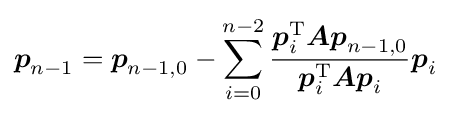
{\boldsymbol {p}}_{n-1}={\boldsymbol {p}}_{n-1,0}-\sum _{i=0}^{n-2}{\frac {{\boldsymbol {p}}_{i}^{\mathrm {T} }{\boldsymbol {Ap}}_{n-1,0}}{{\boldsymbol {p}}_{i}^{\mathrm {T} }{\boldsymbol {Ap}}_{i}}}{\boldsymbol {p}}_{i}